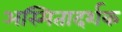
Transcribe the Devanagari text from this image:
अस्मितादर्शक